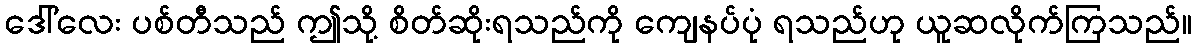
ဒေါ်လေး ပစ်တီသည် ဤသို့ စိတ်ဆိုးရသည်ကို ကျေနပ်ပုံ ရသည်ဟု ယူဆလိုက်ကြသည်။